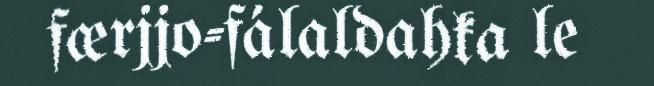
færjjo-fálaldahka le